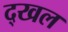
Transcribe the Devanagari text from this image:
द्खल